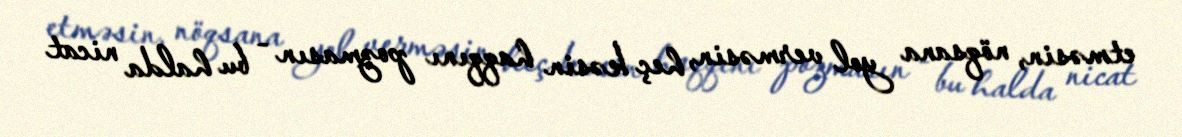
etməsin, nöqsana yol verməsin, heç kəsin haqqını pozmasın - bu halda nicat